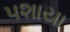
પશાયા